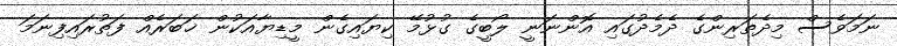
ނަމަވެސް މިދެތަރިންގެ ދެމެދުގައި އޮންނަނީ ލޯބީގެ ގުޅުމޭ ކިޔައިގެން މީޑިޔާއަކުން ޚަބަރެއް ފަތުރައިފިނަމަ